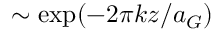
\sim \exp ( - 2 \pi k z / a _ { G } )